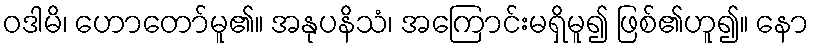
ဝဒါမိ၊ ဟောတော်မူ၏။ အနုပနိသံ၊ အကြောင်းမရှိမူ၍ ဖြစ်၏ဟူ၍။ နော